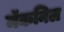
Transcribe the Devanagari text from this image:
मॅकनिल